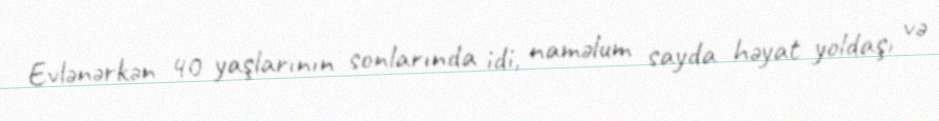
Evlənərkən 40 yaşlarının sonlarında idi, naməlum sayda həyat yoldaşı və